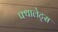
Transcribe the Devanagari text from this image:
फ्थालेट्स